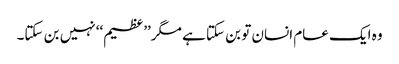
وہ ایک عام انسان تو بن سکتا ہے مگر’’عظیم‘‘ نہیں بن سکتا۔